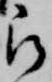
被